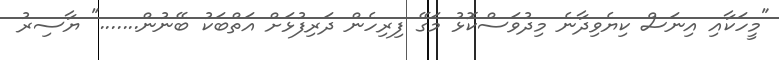
"މީހަކާއި އިނަސް ކިޔެވިދާނެ މިދުވަސްކޮޅު މަގޭ ފިރިހެން ދަރިފުޅަށް އަތްބަކު ބޭނުން......." ޔާސިރު